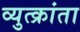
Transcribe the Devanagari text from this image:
व्युत्क्रांता